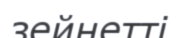
зейнетті